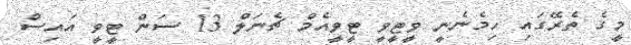
މީގެ ތެރޭގައި ހިމެނެނީ ވީޓީވީ ޓީވީއެމް ޗެނަލް 13 ސަން ޓީވީ އައިސް